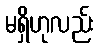
မရှိဟုလည်း